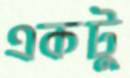
একটু